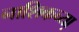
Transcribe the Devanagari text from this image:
नाशिकच्या़